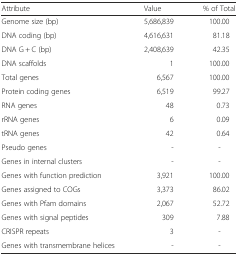
<table><thead><tr><td><b>Attribute</b></td><td><b>Value</b></td><td><b>% of Total</b></td></tr></thead><tbody><tr><td>Genome size (bp)</td><td>5,686,839</td><td>100.00</td></tr><tr><td>DNA coding (bp)</td><td>4,616,631</td><td>81.18</td></tr><tr><td>DNA G + C (bp)</td><td>2,408,639</td><td>42.35</td></tr><tr><td>DNA scaffolds</td><td>1</td><td>100.00</td></tr><tr><td>Total genes</td><td>6,567</td><td>100.00</td></tr><tr><td>Protein coding genes</td><td>6,519</td><td>99.27</td></tr><tr><td>RNA genes</td><td>48</td><td>0.73</td></tr><tr><td>rRNA genes</td><td>6</td><td>0.09</td></tr><tr><td>tRNA genes</td><td>42</td><td>0.64</td></tr><tr><td>Pseudo genes</td><td>-</td><td>-</td></tr><tr><td>Genes in internal clusters</td><td>-</td><td>-</td></tr><tr><td>Genes with function prediction</td><td>3,921</td><td>100.00</td></tr><tr><td>Genes assigned to COGs</td><td>3,373</td><td>86.02</td></tr><tr><td>Genes with Pfam domains</td><td>2,067</td><td>52.72</td></tr><tr><td>Genes with signal peptides</td><td>309</td><td>7.88</td></tr><tr><td>CRISPR repeats</td><td>3</td><td>-</td></tr><tr><td>Genes with transmembrane helices</td><td>-</td><td>-</td></tr></tbody></table>